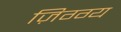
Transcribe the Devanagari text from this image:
ज़िग्ग्य